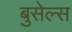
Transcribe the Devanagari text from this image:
बुसेल्स